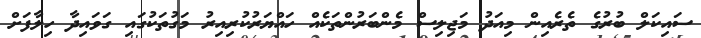
ސައިކަލް ބުރުގެ ތެރެއިން މިއަދު މަޖިލިސް މެންބަރުންތަކެއް ހައްޔަރުކުރިއިރު މަގުތަކުގައި ގަވައިދާ ހިލާފަށް